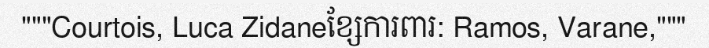
"""Courtois, Luca Zidaneខ្សែការពារ: Ramos, Varane,"""